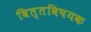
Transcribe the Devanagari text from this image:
वित्तविषयक